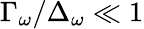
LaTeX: \Gamma_{\omega}/\Delta_{\omega}\ll 1